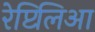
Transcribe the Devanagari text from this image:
रेप्टिलिआ